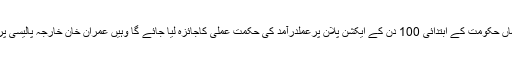
کابینہ اجلاس میں جہاں حکومت کے ابتدائی 100 دن کے ایکشن پلان پرعملدرآمد کی حکمت عملی کاجائزہ لیا جائے گا وہیں عمران خان خارجہ پالیسی پربھی بات کریں گے۔